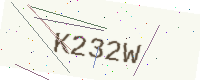
Text: K232W